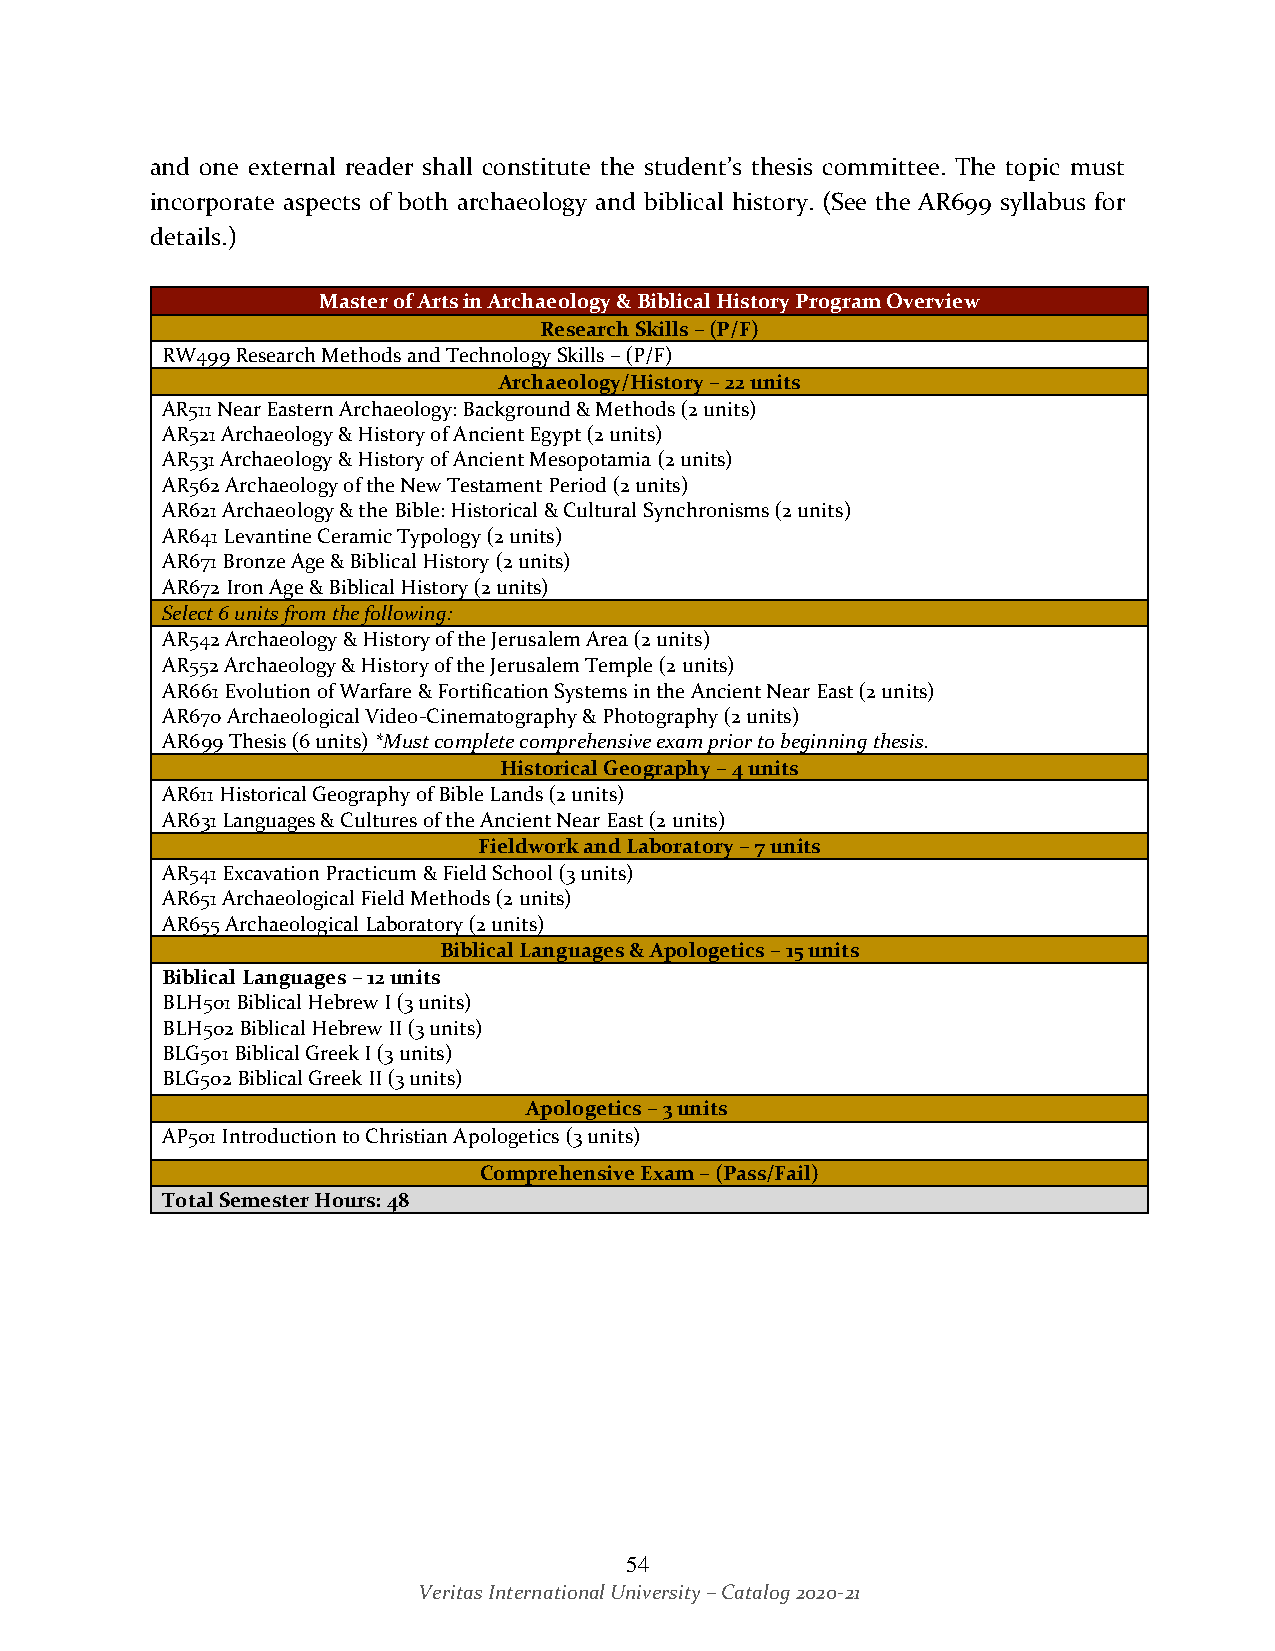
and one external reader shall constitute the student’s thesis committee. The topic must
 incorporate aspects of both archaeology and biblical history. (See the AR699 syllabus for
 details.)
 Master of Arts in Archaeology & Biblical History Program Overview
 Research Skills – (P/F)
 RW499 Research Methods and Technology Skills – (P/F)
 Archaeology/History – 22 units
 AR511 Near Eastern Archaeology: Background & Methods (2 units)
 AR521 Archaeology & History of Ancient Egypt (2 units)
 AR531 Archaeology & History of Ancient Mesopotamia (2 units)
 AR562 Archaeology of the New Testament Period (2 units)
 AR621 Archaeology & the Bible: Historical & Cultural Synchronisms (2 units)
 AR641 Levantine Ceramic Typology (2 units)
 AR671 Bronze Age & Biblical History (2 units)
 AR672 Iron Age & Biblical History (2 units)
 Select 6 units from the following:
 AR542 Archaeology & History of the Jerusalem Area (2 units)
 AR552 Archaeology & History of the Jerusalem Temple (2 units)
 AR661 Evolution of Warfare & Fortification Systems in the Ancient Near East (2 units)
 AR670 Archaeological Video-Cinematography & Photography (2 units)
 AR699 Thesis (6 units) *Must complete comprehensive exam prior to beginning thesis.
 Historical Geography – 4 units
 AR611 Historical Geography of Bible Lands (2 units)
 AR631 Languages & Cultures of the Ancient Near East (2 units)
 Fieldwork and Laboratory – 7 units
 AR541 Excavation Practicum & Field School (3 units)
 AR651 Archaeological Field Methods (2 units)
 AR655 Archaeological Laboratory (2 units)
 Biblical Languages & Apologetics – 15 units
 Biblical Languages – 12 units
 BLH501 Biblical Hebrew I (3 units)
 BLH502 Biblical Hebrew II (3 units)
 BLG501 Biblical Greek I (3 units)
 BLG502 Biblical Greek II (3 units)
 Apologetics – 3 units
 AP501 Introduction to Christian Apologetics (3 units)
 Comprehensive Exam – (Pass/Fail)
 Total Semester Hours: 48
 54
 Veritas International University – Catalog 2020-21